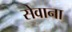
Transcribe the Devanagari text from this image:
सेवाना